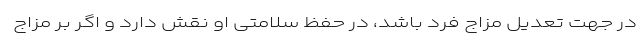
در جهت تعدیل مزاج فرد باشد، در حفظ سلامتی او نقش دارد و اگر بر مزاج